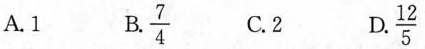
A.1 B.\frac{7}{4} C.2 D.\frac{12}{5}